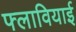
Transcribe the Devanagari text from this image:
फ्लावियाई